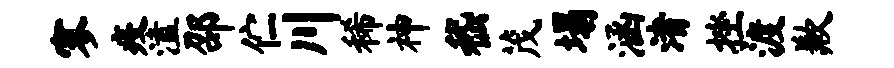
寥疫溘邵伫川稀神嵇茂塌涵渚挫渡歉